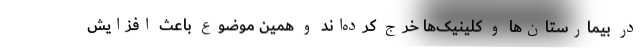
در بیمارستان‌ها و کلینیک‌ها خرج کرده‌اند و همین موضوع باعث افزایش